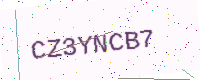
Text: CZ3YNCB7